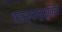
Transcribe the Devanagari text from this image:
रहस्यानुभूतियों